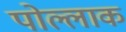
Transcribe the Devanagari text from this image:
पोल्लाक